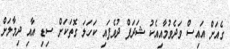
ގެއަށް އައިސް ވަދެވުމާއިއެކު ޝަދަފް ދުވެފައި ކަހަލަ ގޮތަކަށް ސިޑި އާއި ދިމާލަށް